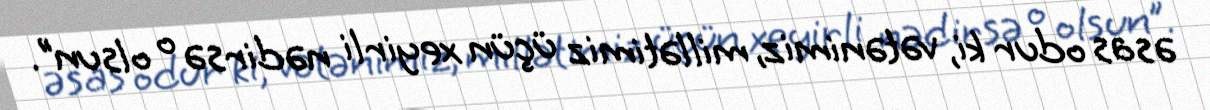
əsas odur ki, vətənimiz, millətimiz üçün xeyirli nədirsə o olsun”.